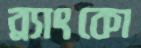
ব্র্যাংকো